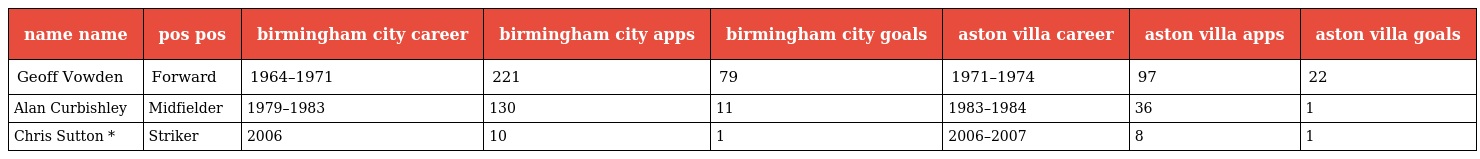
| name name | pos pos | birmingham city career | birmingham city apps | birmingham city goals | aston villa career | aston villa apps | aston villa goals |
 | --- | --- | --- | --- | --- | --- | --- | --- |
 | Geoff Vowden | Forward | 1964–1971 | 221 | 79 | 1971–1974 | 97 | 22 |
 | Alan Curbishley | Midfielder | 1979–1983 | 130 | 11 | 1983–1984 | 36 | 1 |
 | Chris Sutton * | Striker | 2006 | 10 | 1 | 2006–2007 | 8 | 1 |